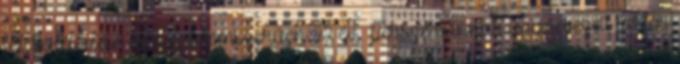
felcserélődése meg értelemszerűen 22 év. Persze vannak úgynevezett tartós